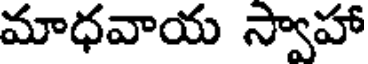
మాధవాయ స్వాహా